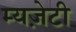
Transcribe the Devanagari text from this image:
म्यज़ेटी